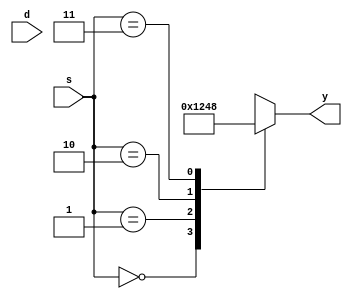
`timescale 1ns / 1ps
//////////////////////////////////////////////////////////////////////////////////
// Company: 
// Engineer: 
// 
// Design Name: 
// Module Name: demux
// Project Name: 
// Target Devices: 
// Tool Versions: 
// Description: 
// 
// Dependencies: 
// 
// Revision:
// Revision 0.01 - File Created
// Additional Comments:
// 
//////////////////////////////////////////////////////////////////////////////////


module demux(
input d,
input [1:0] s,
output reg [3:0] y
    );
always @(*) begin
case (s)
2'b00: y=4'b0001;
2'b01: y=4'b0010;
2'b10: y=4'b0100;
2'b11: y=4'b1000;
default: y=4'b0000;
endcase
end
endmodule